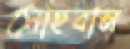
সোহবান